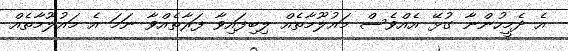
އެ ދެމީހުންނާ ގުޅޭ އެއްވެސް މައުލޫމާތެއް ލިބިފައިވާ ފަރާތެއްވާ ނަމަ އެ މައުލޫމާތެއް